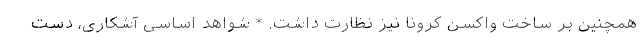
همچنین بر ساخت واکسن کرونا نیز نظارت داشت. * شواهد اساسی آشکاری، دست